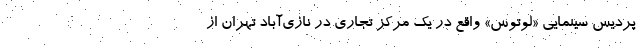
پردیس سینمایی «لوتوس» واقع در یک مرکز تجاری در نازی‌آباد تهران از